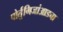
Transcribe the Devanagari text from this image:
पोर्तुगिजांआडचा